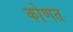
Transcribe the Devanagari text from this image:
कोणत